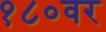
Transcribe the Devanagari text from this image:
१८०वर